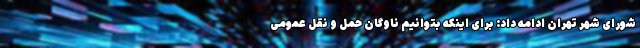
شورای شهر تهران ادامه داد: برای اینکه بتوانیم ناوگان حمل و نقل عمومی